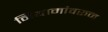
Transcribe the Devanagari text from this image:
नियामांवरून